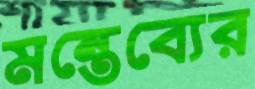
মন্তেব্যের